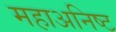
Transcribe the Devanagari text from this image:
महाअनिष्ट